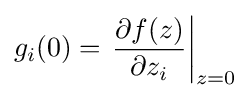
g_{i}(0)=\left.{\frac {\partial f(z)}{\partial z_{i}}}\right|_{z=0}